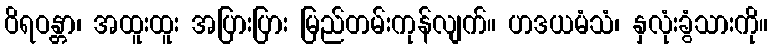
ဝိရဝန္တာ၊ အထူးထူး အပြားပြား မြည်တမ်းကုန်လျက်။ ဟဒယမံသံ၊ နှလုံးခွံသားကို။